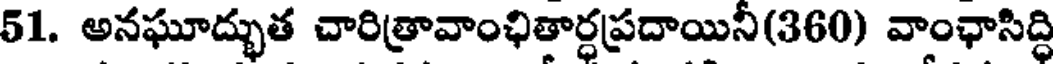
51. అనఘూద్భుత చారిత్రావాంఛితార్ధప్రదాయినీ(360) వాంఛాసిద్ధి